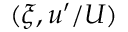
( \xi , u ^ { \prime } / U )